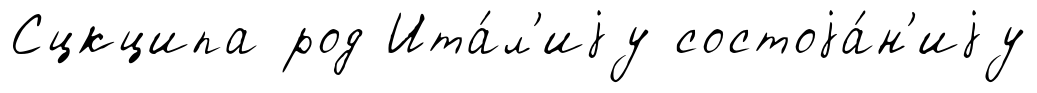
Сцкципа род Ита́л'иjу состоjа́н'иjу